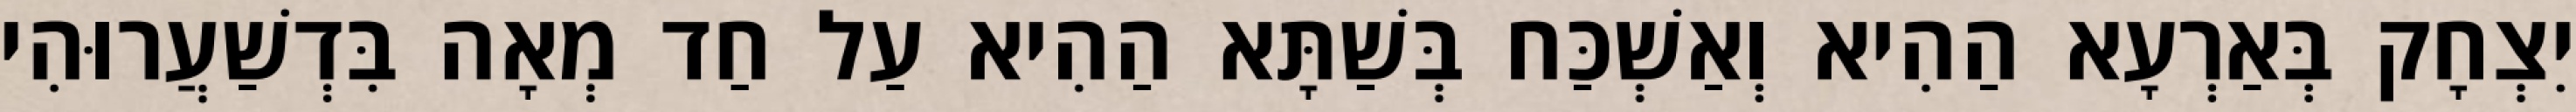
יִצְחָק בְּאַרְעָא הַהִיא וְאַשְׁכַּח בְּשַׁתָּא הַהִיא עַל חַד מְאָה בִּדְשַׁעֲרוּהִי